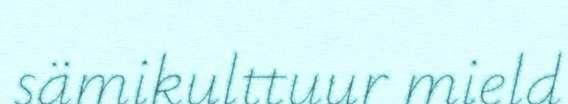
sämikulttuur mield